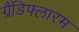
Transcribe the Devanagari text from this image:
ग्रैंडिफ्लारम